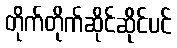
တိုက်တိုက်ဆိုင်ဆိုင်ပင်